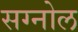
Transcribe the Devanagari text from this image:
सग्नोल